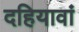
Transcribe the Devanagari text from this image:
दहियावां